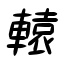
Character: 轅